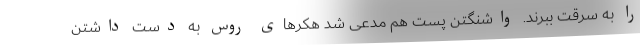
را به سرقت ببرند. واشنگتن پست هم مدعی شد هکر‌های روس به دست داشتن